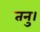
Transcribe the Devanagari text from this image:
तनु।